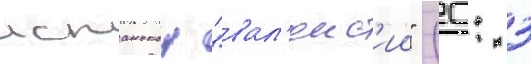
испанскои "вал'енс'ии" (0: 3